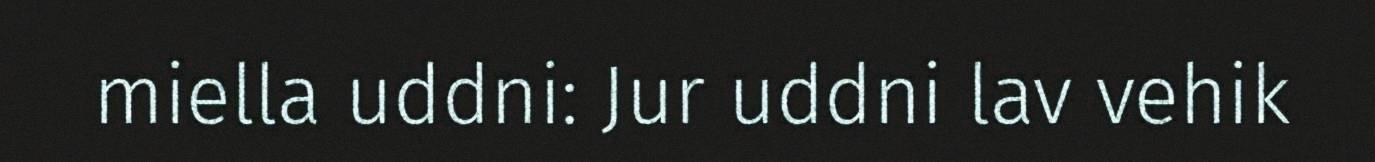
miella uddni: Jur uddni lav vehik